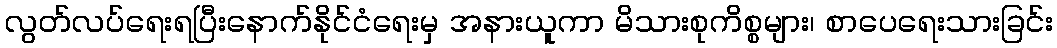
လွတ်လပ်ရေးရပြီးနောက်နိုင်ငံရေးမှ အနားယူကာ မိသားစုကိစ္စများ၊ စာပေရေးသားခြင်း